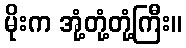
မိုးက အုံ့တုံ့တုံ့ကြီး။